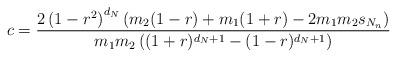
LaTeX: \begin{align*}c= \frac{2 \left(1-r^2\right)^{d_{N}} (m_2 (1-r)+m_1 (1+r) - 2m_1 m_2 s_{N_n})}{m_1 m_2 \left((1+r)^{d_{N}+1}-(1-r)^{d_{N}+1}\right)}\end{align*}